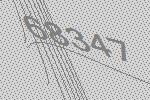
68347